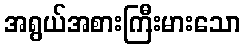
အရွယ်အစားကြီးမားသော